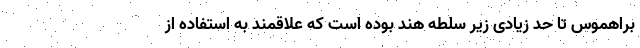
براهموس تا حد زیادی زیر سلطه هند بوده است که علاقمند به استفاده از